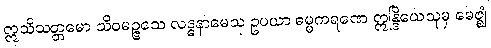
ဣသိသတ္တမော သိဝမဉ္ဇသေ လဒ္ဓနာမေသု ဥပယာ ဓမ္မကရဏေ ဣန္ဒြိယေသုမှ မေဇ္ဈံ